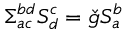
\Sigma _ { a c } ^ { b d } S _ { d } ^ { c } = \check { g } S _ { a } ^ { b }